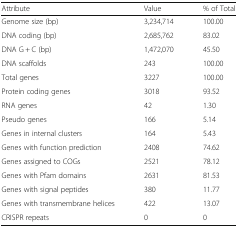
<table><thead><tr><td><b>Attribute</b></td><td><b>Value</b></td><td><b>% of Total</b></td></tr></thead><tbody><tr><td>Genome size (bp)</td><td>3,234,714</td><td>100.00</td></tr><tr><td>DNA coding (bp)</td><td>2,685,762</td><td>83.02</td></tr><tr><td>DNA G + C (bp)</td><td>1,472,070</td><td>45.50</td></tr><tr><td>DNA scaffolds</td><td>243</td><td>100.00</td></tr><tr><td>Total genes</td><td>3227</td><td>100.00</td></tr><tr><td>Protein coding genes</td><td>3018</td><td>93.52</td></tr><tr><td>RNA genes</td><td>42</td><td>1.30</td></tr><tr><td>Pseudo genes</td><td>166</td><td>5.14</td></tr><tr><td>Genes in internal clusters</td><td>164</td><td>5.43</td></tr><tr><td>Genes with function prediction</td><td>2408</td><td>74.62</td></tr><tr><td>Genes assigned to COGs</td><td>2521</td><td>78.12</td></tr><tr><td>Genes with Pfam domains</td><td>2631</td><td>81.53</td></tr><tr><td>Genes with signal peptides</td><td>380</td><td>11.77</td></tr><tr><td>Genes with transmembrane helices</td><td>422</td><td>13.07</td></tr><tr><td>CRISPR repeats</td><td>0</td><td>0</td></tr></tbody></table>